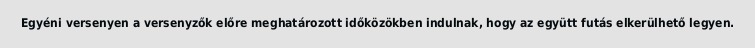
Egyéni versenyen a versenyzők előre meghatározott időközökben indulnak, hogy az együtt futás elkerülhető legyen.